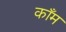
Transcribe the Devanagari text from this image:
काँम